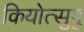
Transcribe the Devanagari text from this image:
कियोत्सुगु